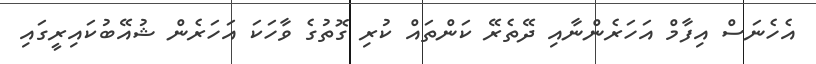
އެހެނަސް އިފާމް އަހަރެންނާއި ދޭތެރޭ ކަންތައް ކުރި ގޮތުގެ ވާހަކަ އަހަރެން ޝުއޭބުކައިރީގައި